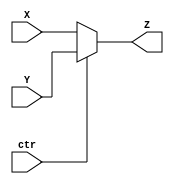
module MUX2to1(X,Y,ctr,Z);
parameter k=32;
input [k-1:0] X,Y;
output reg [k-1:0] Z;
input ctr;
always @(X or Y or ctr)
if(!ctr) Z<=X;
else Z<=Y;
endmodule